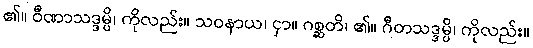
၏။ ဝီဏာသဒ္ဒမ္ပိ၊ ကိုလည်း။ သဝနာယ၊ ငှာ။ ဂစ္ဆတိ၊ ၏။ ဂီတသဒ္ဒမ္ပိ၊ ကိုလည်း။